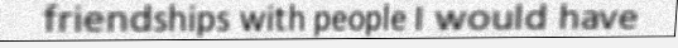
friendships with people I would have